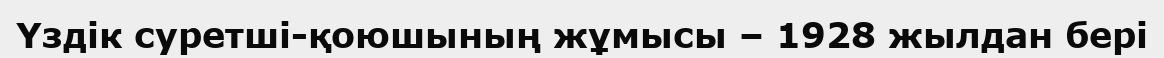
Үздік суретші-қоюшының жұмысы – 1928 жылдан бері